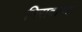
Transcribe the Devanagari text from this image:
निरावागज